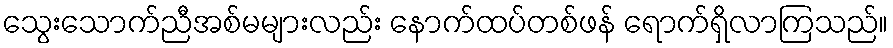
သွေးသောက်ညီအစ်မများလည်း နောက်ထပ်တစ်ဖန် ရောက်ရှိလာကြသည်။